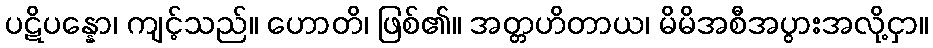
ပဋိပန္နော၊ ကျင့်သည်။ ဟောတိ၊ ဖြစ်၏။ အတ္တဟိတာယ၊ မိမိအစီအပွားအလို့ငှာ။